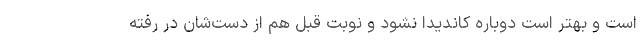
است و بهتر است دوباره کاندیدا نشود و نوبت قبل هم از دست‌شان در رفته